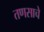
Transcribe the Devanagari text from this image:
तणसाचे